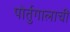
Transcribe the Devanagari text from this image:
पोर्तुगालाची